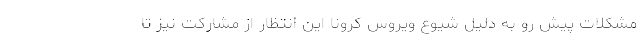
مشکلات پیش رو به دلیل شیوع ویروس کرونا این انتظار از مشارکت نیز تا